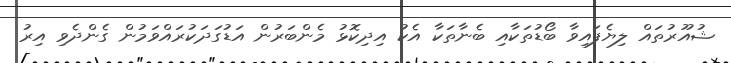
ޝުއޫރުތައް ލިޔެފައިވާ ބޯޑުތަކާއި ބެނާތަކާ އެކު އިދިކޮޅު މެންބަރުން އަޑުގަދަކުރައްވަމުން ގެންދެވި އިރު